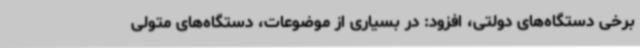
برخی دستگاه‌های دولتی، افزود: در بسیاری از موضوعات، دستگاه‌های متولی